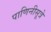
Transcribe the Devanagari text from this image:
पाणिनीसूत्रे